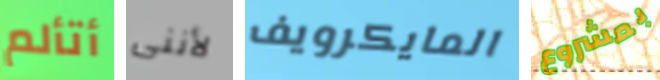
أتألم لأننى المايكرويف بمشروع